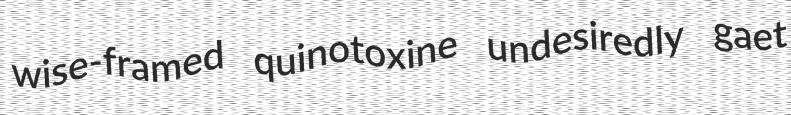
wise-framed quinotoxine undesiredly gaet